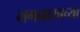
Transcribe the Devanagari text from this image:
भगनासाच्या